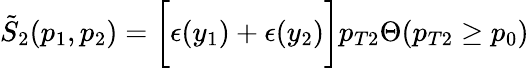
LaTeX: \tilde{S}_{2}(p_{1},p_{2})=\bigg[\epsilon(y_{1})+\epsilon(y_{2})\bigg]p_{T2}\Theta(p_{T2}\ge p_{0})